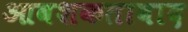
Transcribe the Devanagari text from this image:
आवशकतावाद